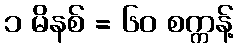
၁ မိနစ် = ၆၀ စက္ကန့်